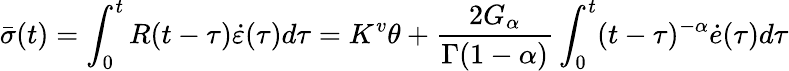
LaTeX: \bar{\sigma}(t)=\int_{0}^{t}R(t-\tau)\dot{\varepsilon}(\tau)d\tau=K^{v}\theta+\frac{2G_{\alpha}}{\Gamma(1-\alpha)}\int_{0}^{t}(t-\tau)^{-\alpha}\dot{e}(\tau)d\tau